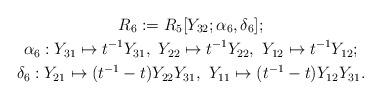
LaTeX: \begin{gather*}R_6:=R_5[Y_{32};\alpha_6,\delta_6];\\\alpha_6: Y_{31} \mapsto t^{-1}Y_{31}, \ Y_{22} \mapsto t^{-1}Y_{22}, \ Y_{12} \mapsto t^{-1}Y_{12};\\\delta_6: Y_{21} \mapsto (t^{-1}-t)Y_{22}Y_{31},\ Y_{11} \mapsto (t^{-1}-t)Y_{12}Y_{31}.\end{gather*}